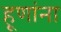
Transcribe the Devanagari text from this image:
हूणांना